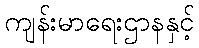
ကျန်းမာရေးဌာနနှင့်